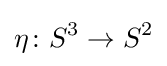
\eta \colon S^{3}\to S^{2}